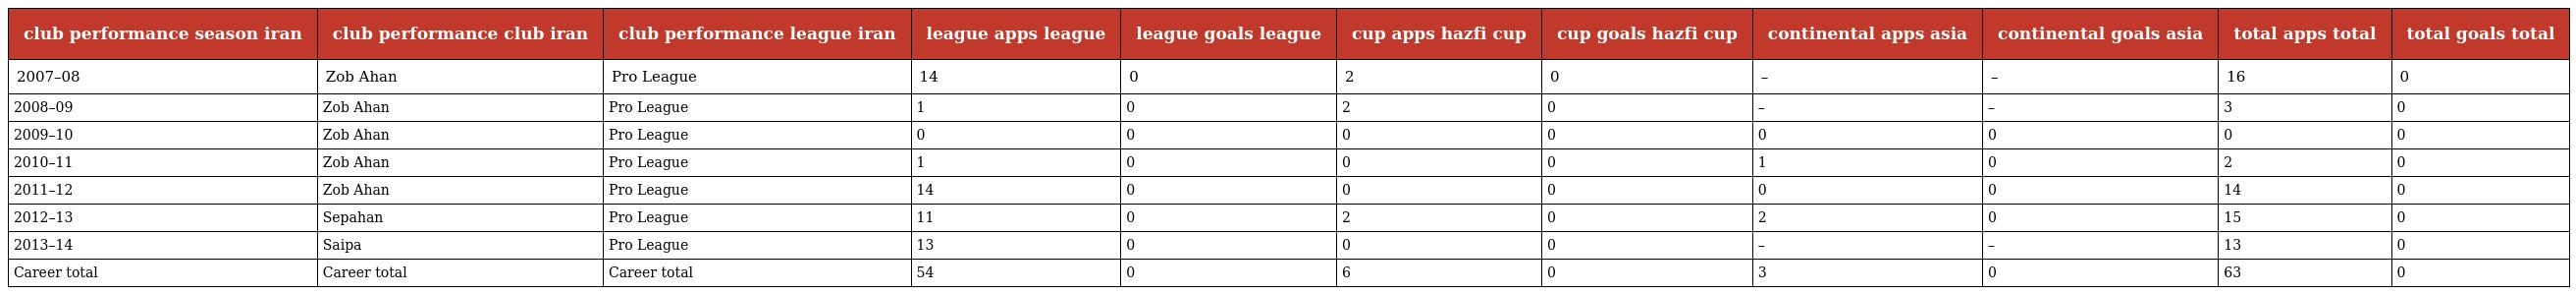
| club performance season iran | club performance club iran | club performance league iran | league apps league | league goals league | cup apps hazfi cup | cup goals hazfi cup | continental apps asia | continental goals asia | total apps total | total goals total |
 | --- | --- | --- | --- | --- | --- | --- | --- | --- | --- | --- |
 | 2007–08 | Zob Ahan | Pro League | 14 | 0 | 2 | 0 | – | – | 16 | 0 |
 | 2008–09 | Zob Ahan | Pro League | 1 | 0 | 2 | 0 | – | – | 3 | 0 |
 | 2009–10 | Zob Ahan | Pro League | 0 | 0 | 0 | 0 | 0 | 0 | 0 | 0 |
 | 2010–11 | Zob Ahan | Pro League | 1 | 0 | 0 | 0 | 1 | 0 | 2 | 0 |
 | 2011–12 | Zob Ahan | Pro League | 14 | 0 | 0 | 0 | 0 | 0 | 14 | 0 |
 | 2012–13 | Sepahan | Pro League | 11 | 0 | 2 | 0 | 2 | 0 | 15 | 0 |
 | 2013–14 | Saipa | Pro League | 13 | 0 | 0 | 0 | – | – | 13 | 0 |
 | Career total | Career total | Career total | 54 | 0 | 6 | 0 | 3 | 0 | 63 | 0 |